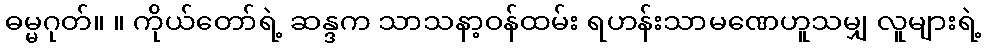
ဓမ္မဂုတ်။ ။ ကိုယ်တော်ရဲ့ ဆန္ဒက သာသနာ့ဝန်ထမ်း ရဟန်းသာမဏေဟူသမျှ လူများရဲ့